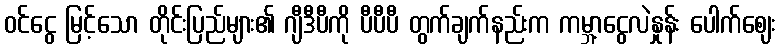
ဝင်ငွေ မြင့်သော တိုင်းပြည်များ၏ ဂျီဒီပီကို ပီပီပီ တွက်ချက်နည်းက ကမ္ဘာ့ငွေလဲနှုန်း ပေါက်ဈေး